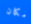
مكان